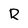
Character: R